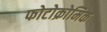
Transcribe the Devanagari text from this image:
फोटोक्रोमिक